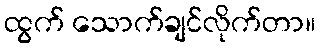
ထွက် သောက်ချင်လိုက်တာ။